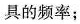
具的频率；